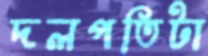
দলপতিটা